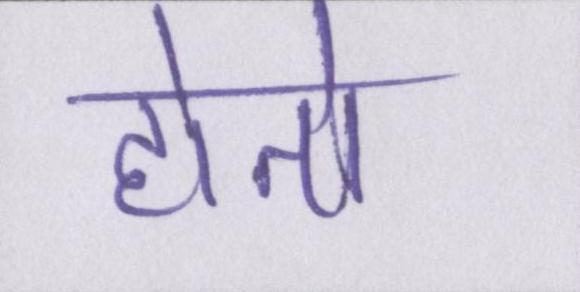
होतो